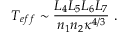
T _ { e f f } \sim { \frac { L _ { 4 } L _ { 5 } L _ { 6 } L _ { 7 } } { n _ { 1 } n _ { 2 } \kappa ^ { 4 / 3 } } } \ .